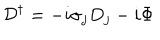
LaTeX: { \cal D } ^ { \dagger } = - i \sigma _ { j } D _ { j } - i \Phi